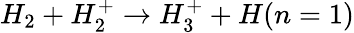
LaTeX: H_{2}+H_{2}^{+}\rightarrow H_{3}^{+}+H(n=1)